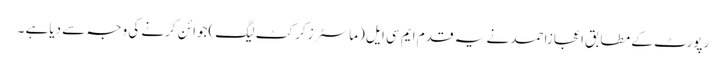
رپورٹ کے مطابق اعجازاحمد نے یہ قدم ایم سی ایل (ماسٹرزکرکٹ لیگ)جوائن کرنے کی وجہ سے دیاہے ۔